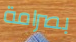
بصرامة